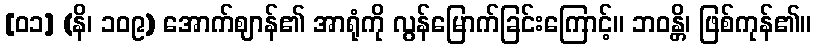
[၀၁] (နိ၊ ၁၀၉) အောက်ဈာန်၏ အာရုံကို လွန်မြောက်ခြင်းကြောင့်။ ဘဝန္တိ၊ ဖြစ်ကုန်၏။